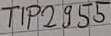
Text: TIP2955